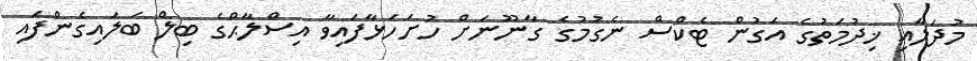
މުދަލާއި ޚިދުމަތުގެ އަގުން ޓެކްސް ނެގުމުގެ ގާނޫނަށް ހުށަހަޅާފައިވާ އިސްލާޙްގެ ބިލް ބަލައިގެންފައި